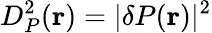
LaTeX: D_{P}^{2}(\textbf{r})=\lvert\delta P(\textbf{r})\rvert^{2}